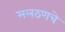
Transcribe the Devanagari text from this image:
मलठणचे